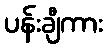
ပန်းချီကား